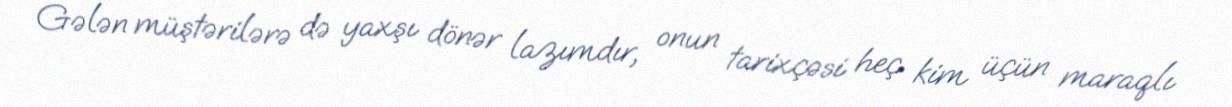
Gələn müştərilərə də yaxşı dönər lazımdır, onun tarixçəsi heç kim üçün maraqlı